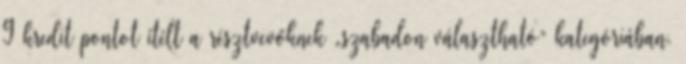
9 kredit pontot ítélt a résztvevőknek „szabadon választható” kategóriában.